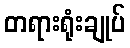
တရားရုံးချုပ်